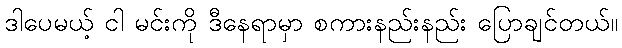
ဒါပေမယ့် ငါ မင်းကို ဒီနေရာမှာ စကားနည်းနည်း ပြောချင်တယ်။